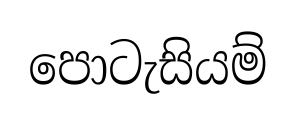
පොටැසියම්